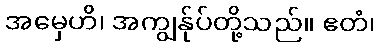
အမှေဟိ၊ အကျွန်ုပ်တို့သည်။ ဧတံ၊